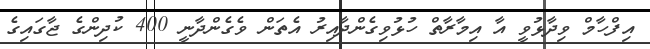
އިފްހާމް ވިދާޅުވީ އާ އިމާރާތް ހުޅުވިގެންދާއިރު އެތަން ވެގެންދާނީ 400 ކުދިންގެ ޖާގައިގެ